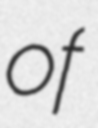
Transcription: of